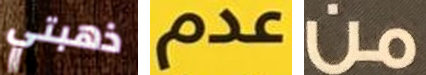
ذهبتي عدم من